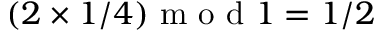
( 2 \times 1 / 4 ) \mathrm { ~ m ~ o ~ d ~ } 1 = 1 / 2